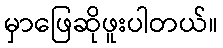
မှာဖြေဆိုဖူးပါတယ်။